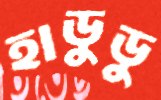
হাডুডু